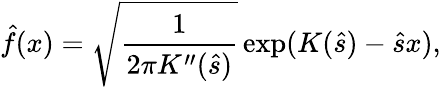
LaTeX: \hat{f}(x)=\sqrt{\frac{1}{2\pi K^{\prime\prime}(\hat{s})}}\exp(K(\hat{s})-\hat{s}x),